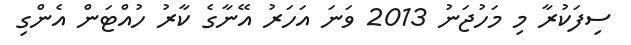
ސިފަކުރާ މި މަހުޖަނު 2013 ވަނަ އަހަރު އޭނާގެ ކާރު ހުއްޓަން އެންގި